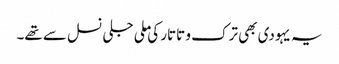
یہ یہودی بھی ترک و تاتار کی ملی جلی نسل سے تھے۔